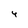
Character: 4